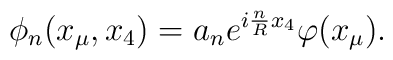
\phi_n(x_\mu,x_4)=a_n e^{i\frac{n}{R}x_4 }\varphi(x_\mu).